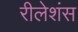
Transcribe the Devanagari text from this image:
रीलेशंस